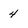
Character: 4